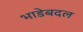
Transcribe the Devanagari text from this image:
भाडेबदल